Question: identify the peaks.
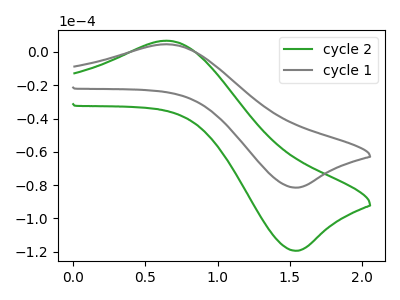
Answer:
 <answer>The green curve "cycle 2" has an anodic peak at (0.65V, 6.75uA) and a cathodic peak at (1.55V, -119.45uA). The gray curve "cycle 1" has an anodic peak at (0.65V, 4.60uA) and a cathodic peak at (1.55V, -81.50uA).</answer>
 <eval></eval>